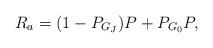
LaTeX: \begin{align*}R_a=(1-P_{G_J})P+P_{G_0}P,\end{align*}